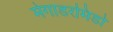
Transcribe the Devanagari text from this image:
मेगाडरमिडो